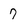
Character: 7